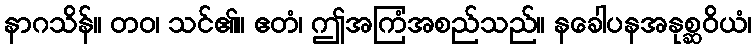
နာဂသိန်။ တဝ၊ သင်၏။ ဧတံ၊ ဤအကြံအစည်သည်။ နခေါပနအနုစ္ဆဝိယံ၊